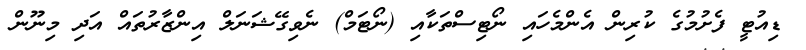
ޑިއުޓީ ފެށުމުގެ ކުރިން އެންމެހައި ނޯޓިސްތަކާއި (ނޯޓަމް) ނެވިގޭޝަނަލް އިންޒާރުތައް އަދި މިނޫން